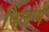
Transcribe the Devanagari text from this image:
पिंजणे